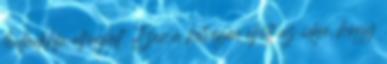
hulladékfa elfoglalt. Ezen a hétvégén eljött az ideje, hogy